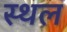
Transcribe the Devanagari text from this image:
स्थल